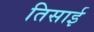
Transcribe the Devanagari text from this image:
तिसाई